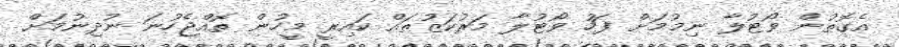
އެގޮތުން ވޯޓުލާ ނިމުމަށް ފަހު ވޯޓުލާ މަރުކަޒުތައް ކައިރީ މީހުން ތޮއްޖެހުނަ ނުދިނުމަށް